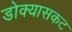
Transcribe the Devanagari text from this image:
डोक्यासकट